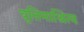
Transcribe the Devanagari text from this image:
वृत्तिमाश्रित्य